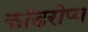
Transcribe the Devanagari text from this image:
कांडरोप्य